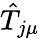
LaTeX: \hat{T}_{j\mu}